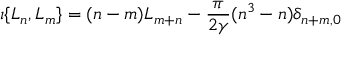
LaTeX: \i \{ L _ { n } , L _ { m } \} = ( n - m ) L _ { m + n } - \frac { \pi } { 2 \gamma } ( n ^ { 3 } - n ) \delta _ { n + m , 0 } \,